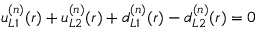
u _ { L 1 } ^ { ( n ) } ( r ) + u _ { L 2 } ^ { ( n ) } ( r ) + d _ { L 1 } ^ { ( n ) } ( r ) - d _ { L 2 } ^ { ( n ) } ( r ) = 0